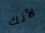
لأنك